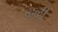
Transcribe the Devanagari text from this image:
व्हळी